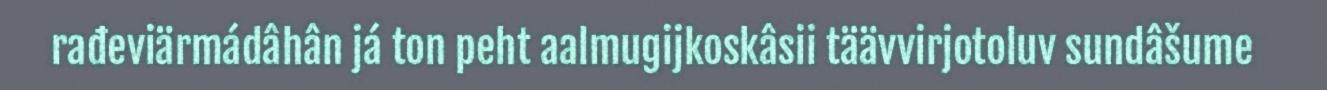
rađeviärmádâhân já ton peht aalmugijkoskâsii täävvirjotoluv sundâšume